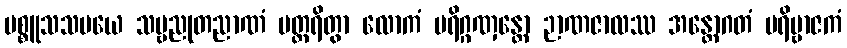
ပစ္စူသသမယေ သဗ္ဗညုတညာဏံ ပတ္ထရိတွာ လောကံ ပရိဂ္ဂဏှန္တော ဉာဏဇာလဿ အန္တောဂတံ ပရိဗ္ဗာဇကံ